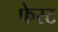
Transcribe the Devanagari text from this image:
फेरट